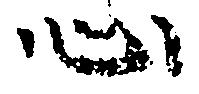
心